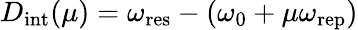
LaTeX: D_{\mathrm{int}}(\mu)=\omega_{\mathrm{res}}-(\omega_{0}+\mu\omega_{\mathrm{rep}})